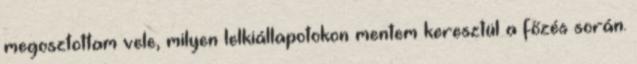
megosztottam vele, milyen lelkiállapotokon mentem keresztül a főzés során.